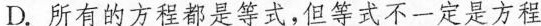
D.所有的方程都是等式，但等式不一定是方程